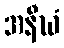
အနီဃံ